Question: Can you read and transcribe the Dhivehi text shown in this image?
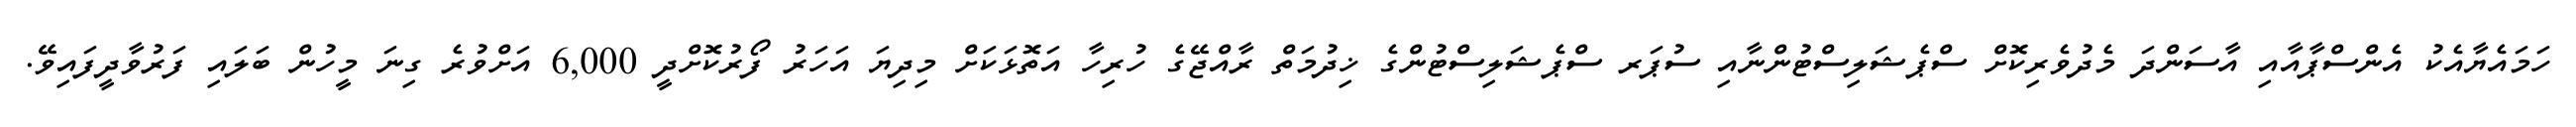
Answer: ހަމައެޔާއެކު އެންސްޕާއާއި އާސަންދަ މެދުވެރިކޮށް ސްޕެޝަލިސްޓުންނާއި ސުޕަރ ސްޕެޝަލިސްޓުންގެ ޚިދުމަތް ރާއްޖޭގެ ހުރިހާ އަތޮޅަކަށް މިދިޔަ އަހަރު ފޯރުކޮށްދީ 6,000 އަށްވުރެ ގިނަ މީހުން ބަލައި ފަރުވާދީފައިވޭ.